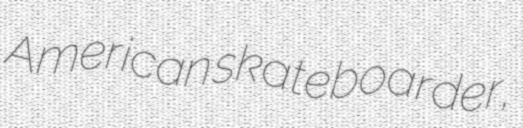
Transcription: American skateboarder,